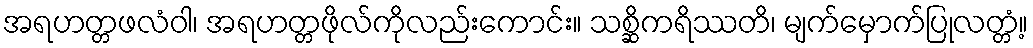
အရဟတ္တဖလံဝါ၊ အရဟတ္တဖိုလ်ကိုလည်းကောင်း။ သစ္ဆိကရိဿတိ၊ မျက်မှောက်ပြုလတ္တံ့။